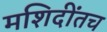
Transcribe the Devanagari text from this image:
मशिदींतच